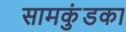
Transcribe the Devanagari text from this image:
सामकुंडका